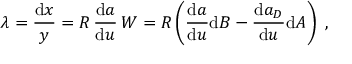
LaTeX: \lambda = \frac { \mathrm { d } x } { y } = { R } \, \frac { \mathrm { d } a } { \mathrm { d } u } \, { \cal W } = { R } \left( \frac { \mathrm { d } a } { \mathrm { d } u } \mathrm { d } B - \frac { \mathrm { d } a _ { D } } { \mathrm { d } u } \mathrm { d } A \right) \ ,